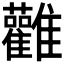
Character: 𮦃